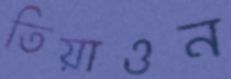
তিয়াওন